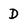
Character: D